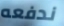
ندفعه